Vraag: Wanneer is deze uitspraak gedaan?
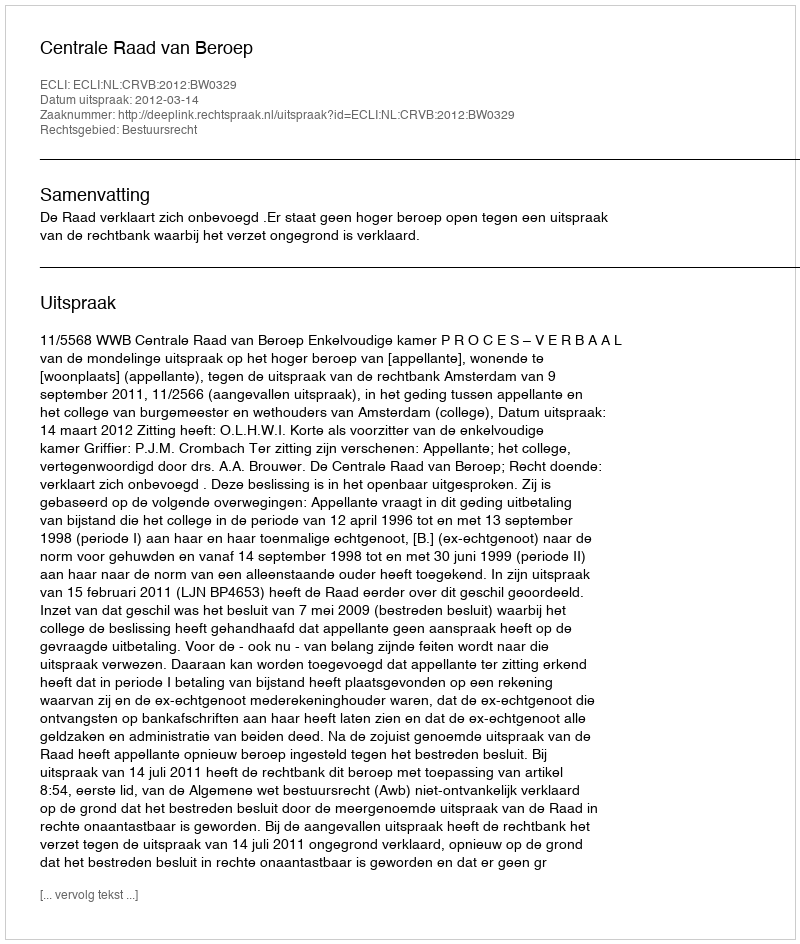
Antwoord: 2012-03-14